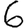
Digit: 6